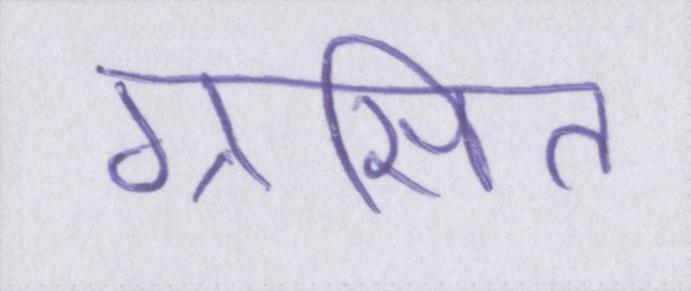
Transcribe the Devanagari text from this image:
ग्रसित